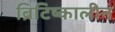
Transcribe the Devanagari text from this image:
ब्रिटिष्कालीन